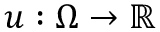
u : \Omega \to \mathbb { R }